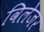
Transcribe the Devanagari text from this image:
विलेजर